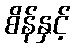
စိန်နှင့်